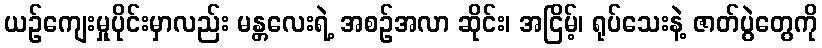
ယဉ်ကျေးမှုပိုင်းမှာလည်း မန္တလေးရဲ့ အစဉ်အလာ ဆိုင်း၊ အငြိမ့်၊ ရုပ်သေးနဲ့ ဇာတ်ပွဲတွေကို